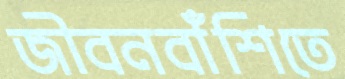
জীবনবাঁশিতে